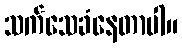
သက်သေခံနေတာပါ။